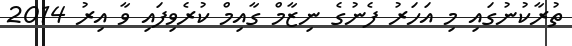
ތުރާކުނުގައި މި އަހަރު ފެނުގެ ނިޒާމް ގާއިމް ކުރެވިފައި ވާ އިރު 2014